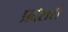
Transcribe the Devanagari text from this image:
प्रदेशसे